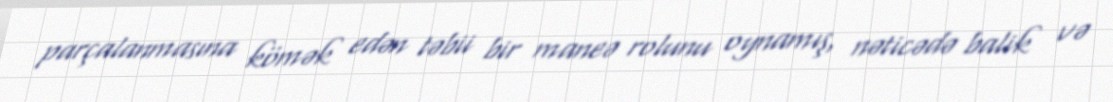
parçalanmasına kömək edən təbii bir maneə rolunu oynamış, nəticədə balik və